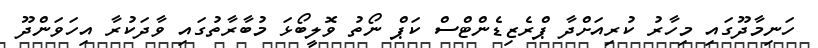
ހަނިމާދޫގައި މިހާރު ކުރިއަށްދާ ޕްރެޒިޑެންޓްސް ކަޕް ނޯތު ވޮލީބޯޅަ މުބާރާތުގައި ވާދަކުރާ އިހަވަންދޫ